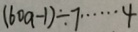
( 6 0 a - 1 ) \div 7 \cdots 4